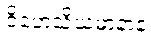
ဝိဟေသိယမာနာနံ